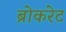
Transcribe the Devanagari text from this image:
ब्रोकरेट